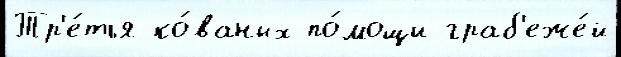
Тр'е́тья ко́ваных по́мощи граб'еже́й